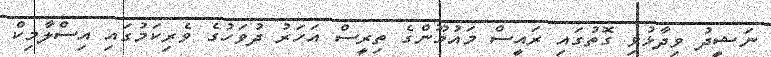
ނަޝީދު ވިދާޅުވި ގޮތުގައި ރައީސް މައުމޫންގެ ތިރީސް އަހަރު ދުވަހުގެ ވެރިކަމުގައި އިސްލާމިކް